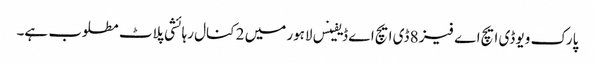
پارک ویو ڈی ایچ اے فیز 8 ڈی ایچ اے ڈیفینس لاہور میں 2 کنال رہائشی پلاٹ مطلوب ہے۔